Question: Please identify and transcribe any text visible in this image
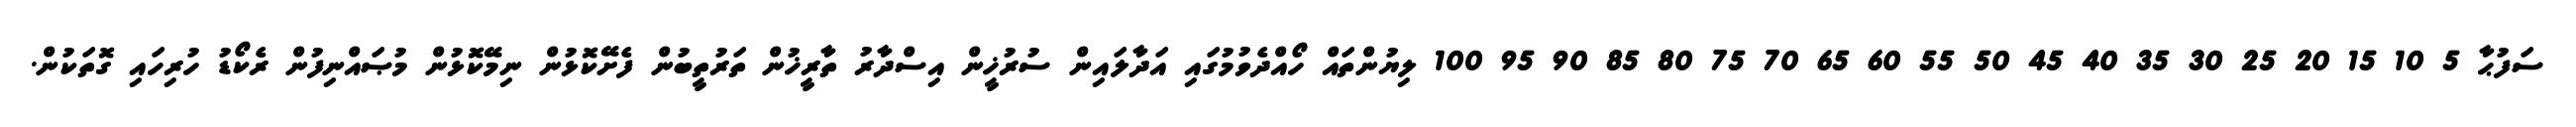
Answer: ސަފުޙާ 5 10 15 20 25 30 35 40 45 50 55 60 65 70 75 80 85 90 95 100 ލިޔުންތައް ހޯއްދެވުމުގައި އަދާލައިން ސުރުޚީން އިސްދާރު ތާރީޚުން ތަރުތީބުން ފެށޭކޮޅުން ނިމޭކޮޅުން މުޞައްނިފުން ރެކޯޑު ހުރިހައި ގޮތަކުން.